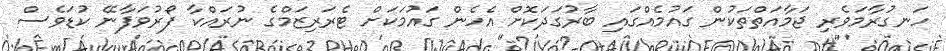
ހަނގުރާމަވެރި ޖަމާއަތްތަކުން ގައުމެއްގައި ބާރުގަދަކޮށް އެހެން ގައުމަކަށް ޓެރަރިޒަމްގެ ނުރައްކާ ފޯރުވަފާނޭ ކުޑަވެސް